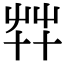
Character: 𦬧